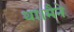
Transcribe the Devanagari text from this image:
था।मैने